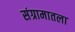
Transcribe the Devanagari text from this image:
संग्रामातला